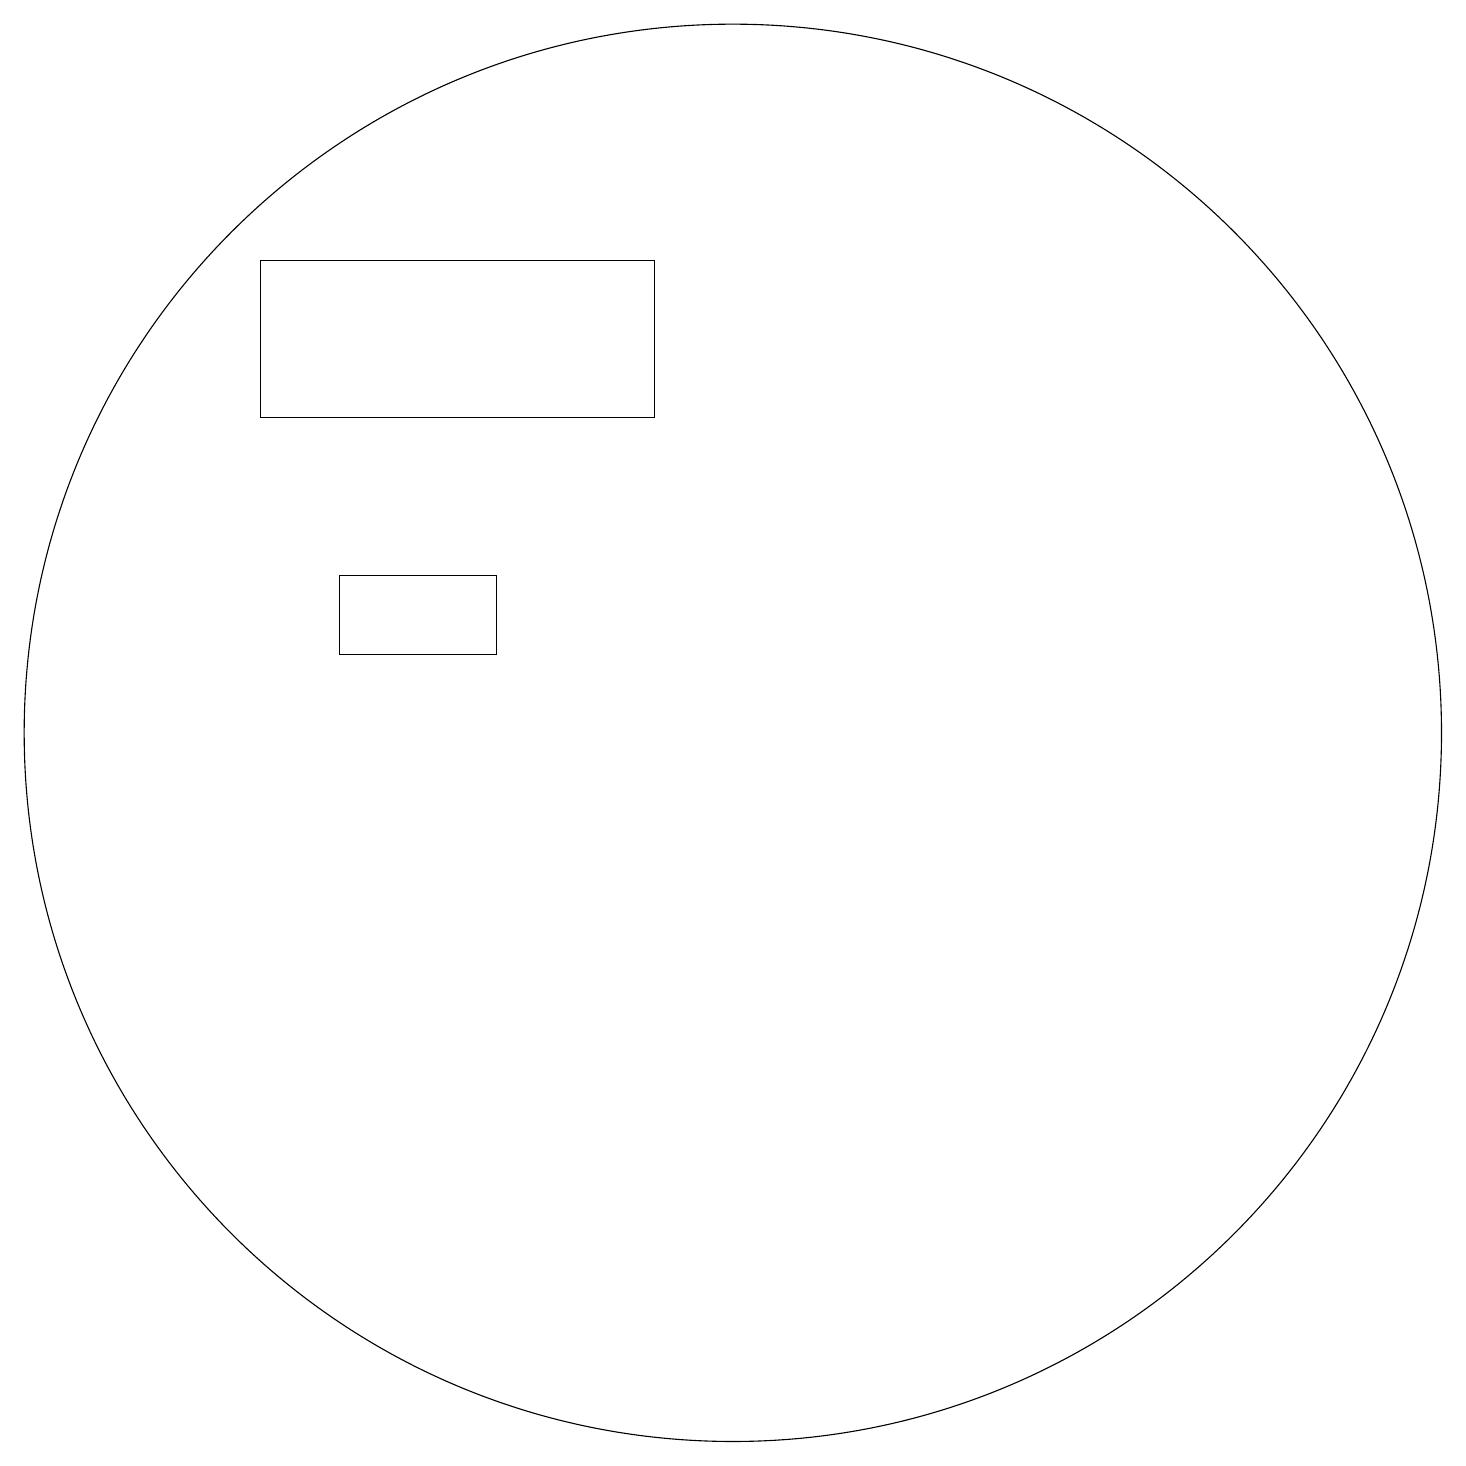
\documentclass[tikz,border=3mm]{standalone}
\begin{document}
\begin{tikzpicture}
\draw (11,12) circle (0);
\draw (5,12) rectangle (7,13);
\draw (4,17) rectangle (9,15);
\draw (10,11) circle (9);
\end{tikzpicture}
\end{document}